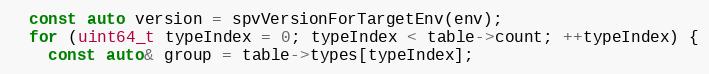
Language: C++
  const auto version = spvVersionForTargetEnv(env);
  for (uint64_t typeIndex = 0; typeIndex < table->count; ++typeIndex) {
    const auto& group = table->types[typeIndex];